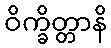
ဝိက္ခိတ္တာနိ